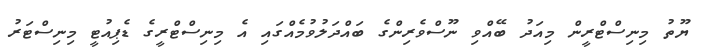
ޔޫތު މިނިސްޓްރީން މިއަދު ބޭއްވި ނޫސްވެރިންގެ ބައްދަލުވުމެއްގައި އެ މިނިސްޓްރީގެ ޑެޕިއުޓީ މިނިސްޓަރު